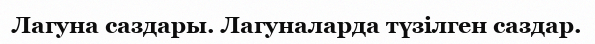
Лагуна саздары. Лагуналарда түзілген саздар.